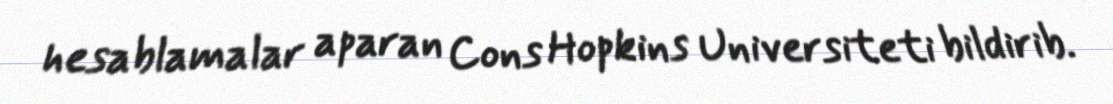
hesablamalar aparan Cons Hopkins Universiteti bildirib.